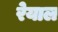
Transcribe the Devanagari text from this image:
रेयाल